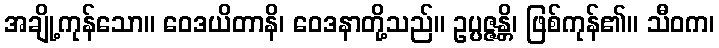
အချို့ကုန်သော။ ဝေဒယိတာနိ၊ ဝေဒနာတို့သည်။ ဥပ္ပဇ္ဇန္တိ၊ ဖြစ်ကုန်၏။ သီဝက၊